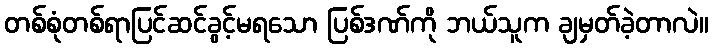
တစ်စုံတစ်ရာပြင်ဆင်ခွင့်မရသော ပြစ်ဒဏ်ကို ဘယ်သူက ချမှတ်ခဲ့တာလဲ။